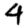
Digit: 4